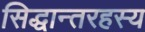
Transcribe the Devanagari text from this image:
सिद्धान्तरहस्य